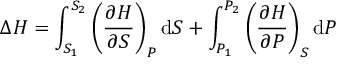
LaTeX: \Delta H = \int _ { S _ { 1 } } ^ { S _ { 2 } } \left( { \frac { \partial H } { \partial S } } \right) _ { P } \mathrm { d } S + \int _ { P _ { 1 } } ^ { P _ { 2 } } \left( { \frac { \partial H } { \partial P } } \right) _ { S } \mathrm { d } P